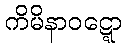
ကိမိနာဝဋ္ဋော